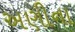
અણીના